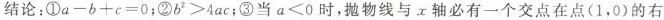
结论：①$$a-b+c=0$$；②$$b^{2}>4ac$$；③当$$a<0$$时，抛物线与x轴必有一个交点在点(1，0)的右